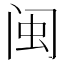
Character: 闽